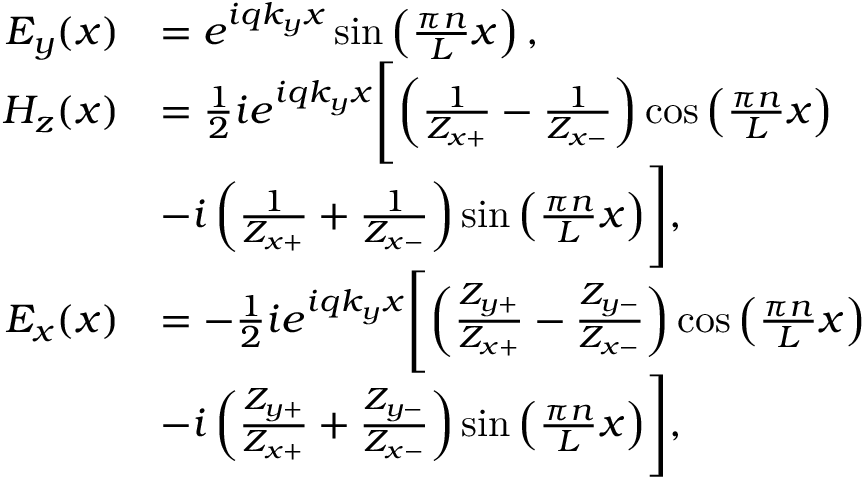
\begin{array} { r l } { E _ { y } ( x ) } & { = e ^ { i q k _ { y } x } \sin \left( \frac { \pi n } { L } x \right) , } \\ { H _ { z } ( x ) } & { = \frac { 1 } { 2 } i e ^ { i q k _ { y } x } \Biggl [ \left( \frac { 1 } { Z _ { x + } } - \frac { 1 } { Z _ { x - } } \right) \cos \left( \frac { \pi n } { L } x \right) } \\ & { - i \left( \frac { 1 } { Z _ { x + } } + \frac { 1 } { Z _ { x - } } \right) \sin \left( \frac { \pi n } { L } x \right) \Biggr ] , } \\ { E _ { x } ( x ) } & { = - \frac { 1 } { 2 } i e ^ { i q k _ { y } x } \Biggl [ \left( \frac { Z _ { y + } } { Z _ { x + } } - \frac { Z _ { y - } } { Z _ { x - } } \right) \cos \left( \frac { \pi n } { L } x \right) } \\ & { - i \left( \frac { Z _ { y + } } { Z _ { x + } } + \frac { Z _ { y - } } { Z _ { x - } } \right) \sin \left( \frac { \pi n } { L } x \right) \Biggr ] , } \end{array}